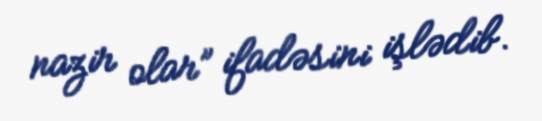
nazir olar” ifadəsini işlədib.